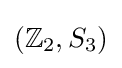
(\mathbb {Z} _{2},S_{3})